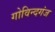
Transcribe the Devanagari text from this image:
गोविन्‍दगंज